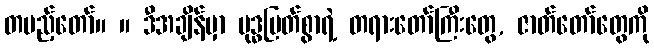
တပည့်တော်။ ။ ဒီအချိန်မှာ ဗုဒ္ဓမြတ်စွာရဲ့ တရားတော်ကြီးတွေ, ဇာတ်တော်တွေကို